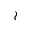
\wr